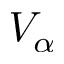
V _ { \alpha }